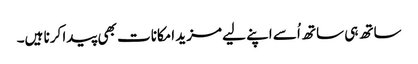
ساتھ ہی ساتھ اُسے اپنے لیے مزید امکانات بھی پیدا کرنا ہیں۔